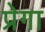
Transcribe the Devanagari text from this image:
प्रेगा